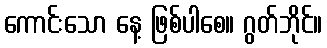
ကောင်းသော နေ့ ဖြစ်ပါစေ။ ဂွတ်ဘိုင်။